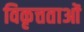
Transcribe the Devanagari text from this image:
विकृत्तताओं